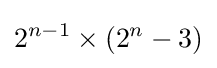
2^{n-1}\times (2^{n}-3)